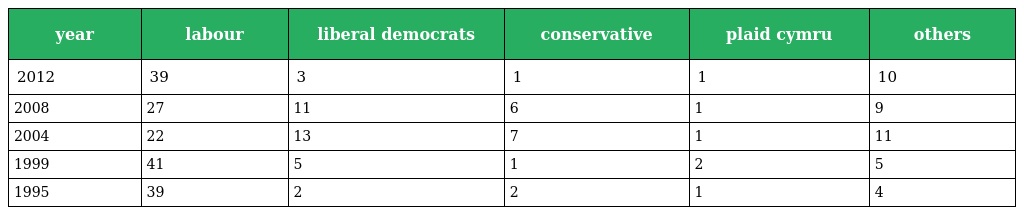
| year | labour | liberal democrats | conservative | plaid cymru | others |
 | --- | --- | --- | --- | --- | --- |
 | 2012 | 39 | 3 | 1 | 1 | 10 |
 | 2008 | 27 | 11 | 6 | 1 | 9 |
 | 2004 | 22 | 13 | 7 | 1 | 11 |
 | 1999 | 41 | 5 | 1 | 2 | 5 |
 | 1995 | 39 | 2 | 2 | 1 | 4 |